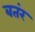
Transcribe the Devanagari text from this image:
बतंर